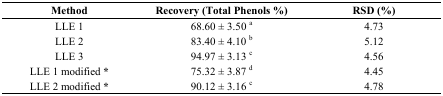
<table><thead><tr><td><b>Method</b></td><td><b>Recovery (Total Phenols %)</b></td><td><b>RSD (%)</b></td></tr></thead><tbody><tr><td>LLE 1</td><td>68.60 ± 3.50 <sup>a</sup></td><td>4.73</td></tr><tr><td>LLE 2</td><td>83.40 ± 4.10 <sup>b</sup></td><td>5.12</td></tr><tr><td>LLE 3</td><td>94.97 ± 3.13 <sup>c</sup></td><td>4.56</td></tr><tr><td>LLE 1 modified <b>*</b></td><td>75.32 ± 3.87 <sup>d</sup></td><td>4.45</td></tr><tr><td>LLE 2 modified <b>*</b></td><td>90.12 ± 3.16 <sup>c</sup></td><td>4.78</td></tr></tbody></table>